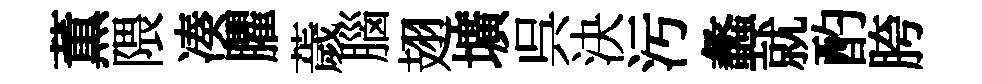
薫隈凑臞薉腦翅壙呉決汚蠡就酌胯